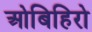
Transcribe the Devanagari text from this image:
ओबिहिरो